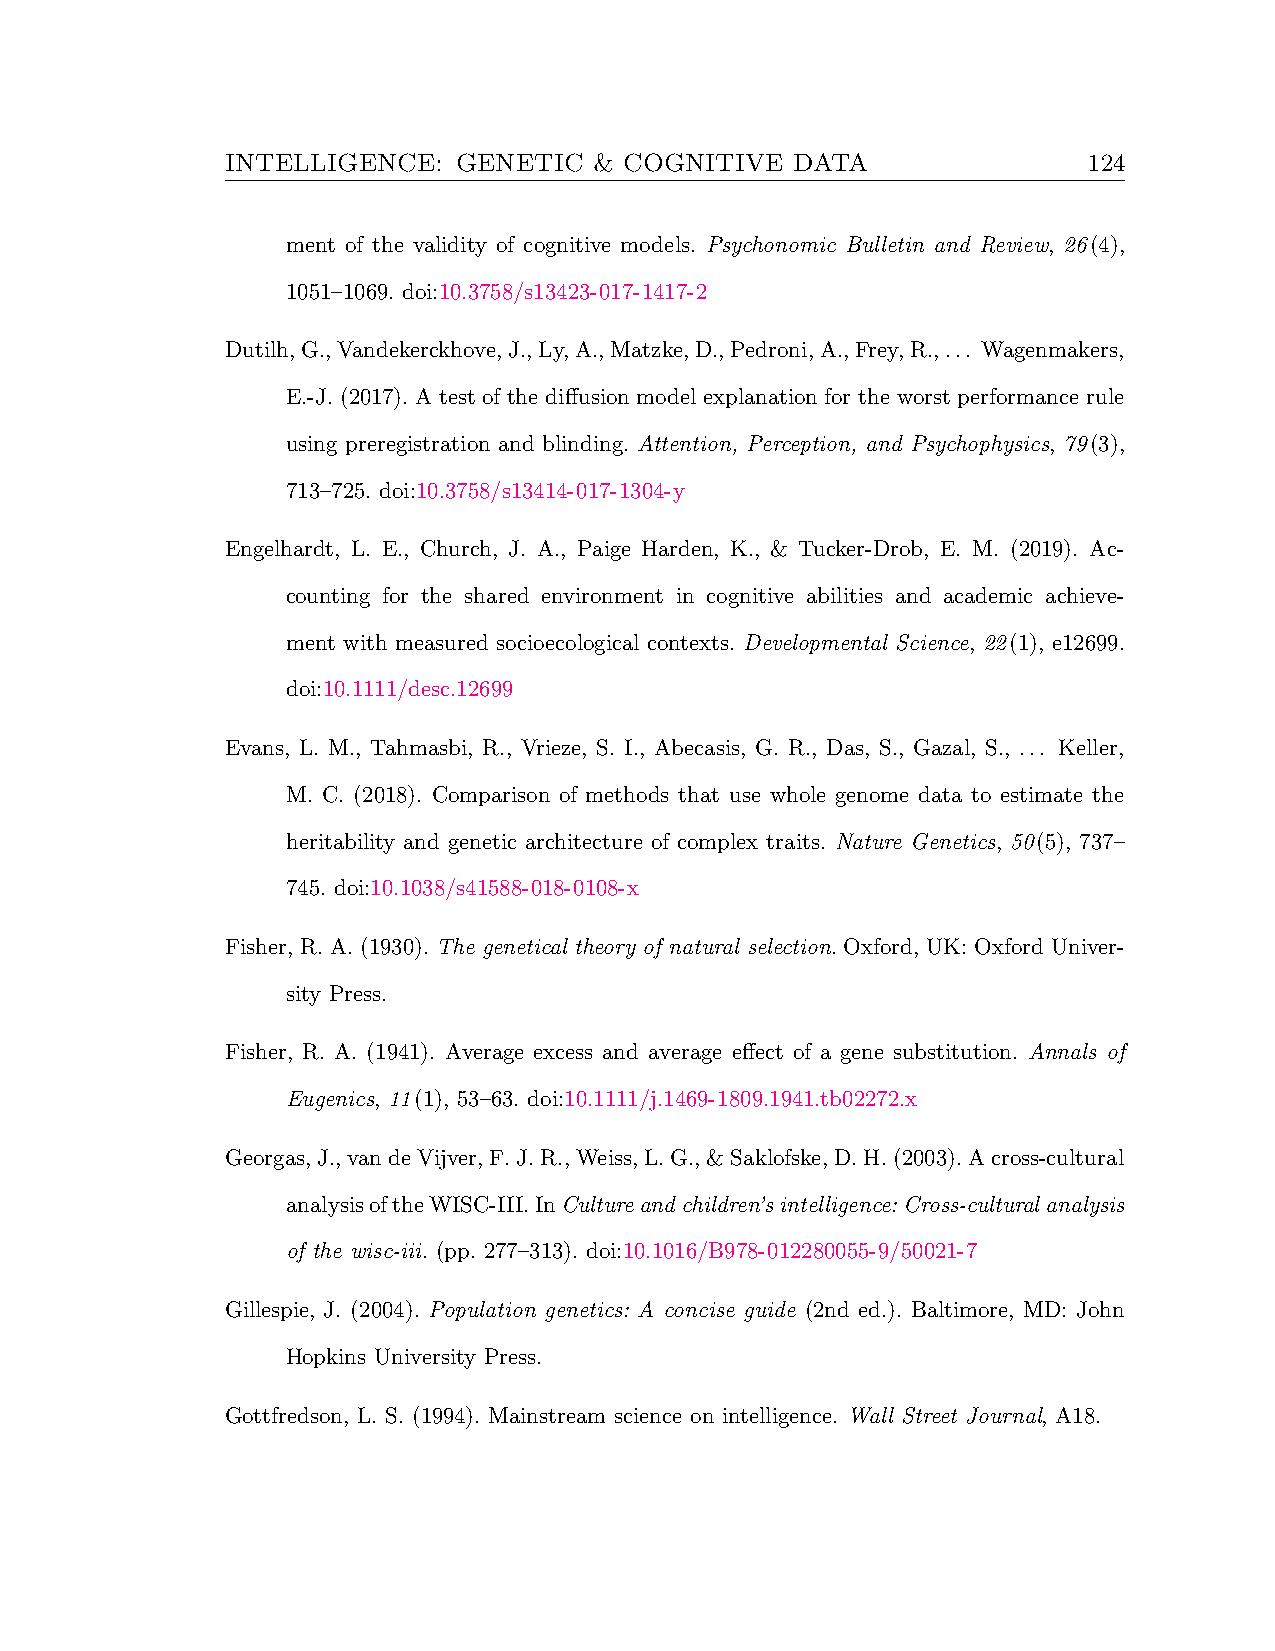
INTELLIGENCE:  GENETIC  & COGNITIVE   DATA               124
 ment of the validity of cognitive models. Psychonomic Bulletin and Review, 26(4),
 1051–1069. doi:10.3758/s13423-017-1417-2
 Dutilh,G.,Vandekerckhove,J.,Ly,A.,Matzke,D.,Pedroni,A.,Frey,R.,... Wagenmakers,
 E.-J. (2017). A test of the diffusion model explanation for the worst performance rule
 using preregistration and blinding. Attention, Perception, and Psychophysics, 79(3),
 713–725. doi:10.3758/s13414-017-1304-y
 Engelhardt, L. E., Church, J. A., Paige Harden, K., & Tucker-Drob, E. M. (2019). Ac-
 counting for the shared environment in cognitive abilities and academic achieve-
 ment with measured socioecological contexts. Developmental Science, 22(1), e12699.
 doi:10.1111/desc.12699
 Evans, L. M., Tahmasbi, R., Vrieze, S. I., Abecasis, G. R., Das, S., Gazal, S., ... Keller,
 M. C. (2018). Comparison of methods that use whole genome data to estimate the
 heritability and genetic architecture of complex traits. Nature Genetics, 50(5), 737–
 745. doi:10.1038/s41588-018-0108-x
 Fisher, R. A. (1930). The genetical theory of natural selection. Oxford, UK: Oxford Univer-
 sity Press.
 Fisher, R. A. (1941). Average excess and average effect of a gene substitution. Annals of
 Eugenics, 11(1), 53–63. doi:10.1111/j.1469-1809.1941.tb02272.x
 Georgas,J.,vandeVijver,F.J.R.,Weiss,L.G.,&Saklofske,D.H.(2003).Across-cultural
 analysisoftheWISC-III.InCultureandchildren’sintelligence:Cross-culturalanalysis
 of the wisc-iii. (pp. 277–313). doi:10.1016/B978-012280055-9/50021-7
 Gillespie, J. (2004). Population genetics: A concise guide (2nd ed.). Baltimore, MD: John
 Hopkins University Press.
 Gottfredson, L. S. (1994). Mainstream science on intelligence. Wall Street Journal, A18.